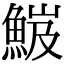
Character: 𩷘